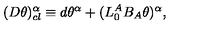
( D \theta ) _ { c l } ^ { \alpha } \equiv d \theta ^ { \alpha } + ( L _ { 0 } ^ { A } B _ { A } \theta ) ^ { \alpha } ,